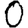
Digit: 0